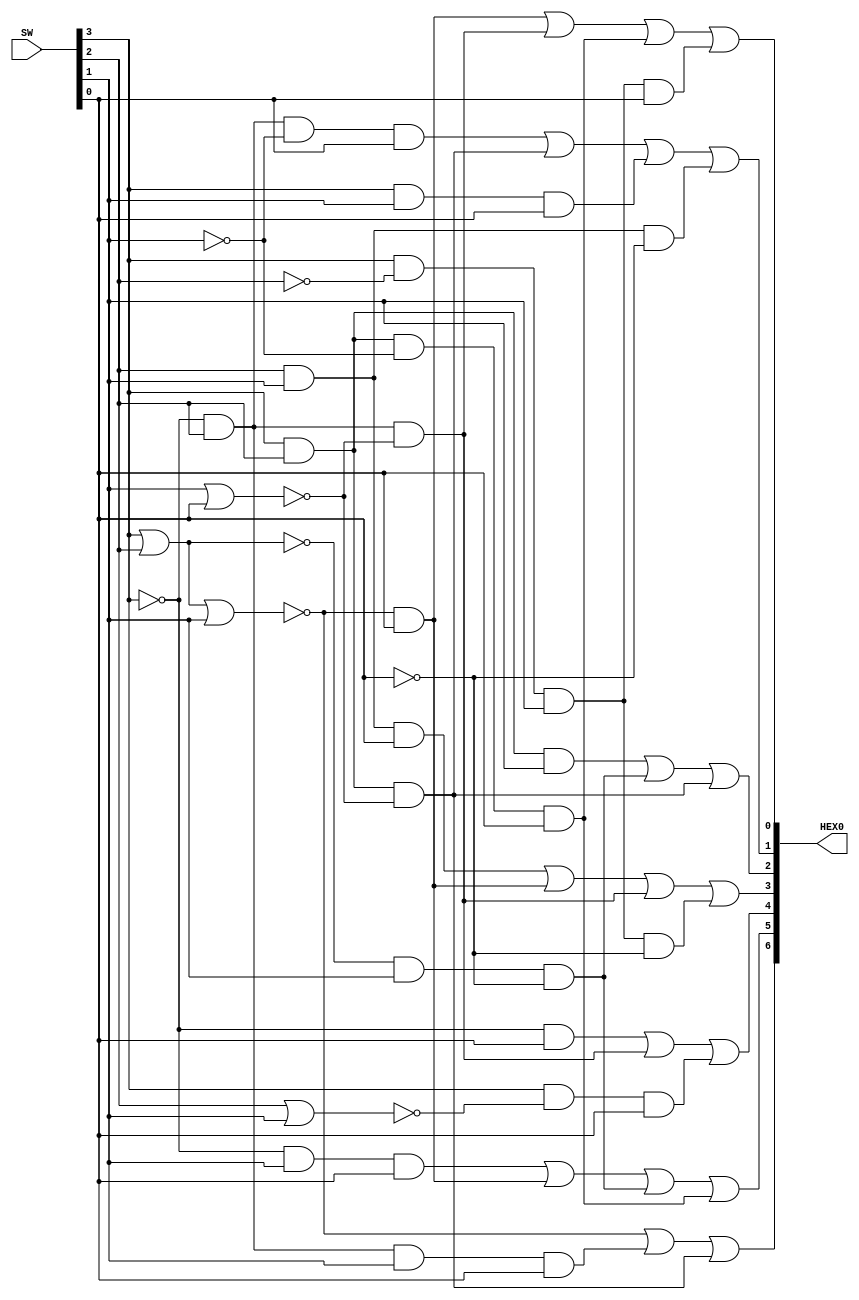
//SW[3:0] INP -> HEX0[6:0] OUT

module ssg(HEX0, SW);
	input [3:0] SW;
	output [6:0] HEX0;
	
	assign HEX0[0] = (~(SW[3]|SW[2]|SW[1])&SW[0] | ~SW[3]&SW[2]&~(SW[1]|SW[0]) | SW[3]&SW[2]&~SW[1]&SW[0] | SW[3]&~SW[2]&SW[1]&SW[0]);
	
	assign HEX0[1] = (~SW[3]&SW[2]&~SW[1]&SW[0] | SW[3]&SW[2]&~(SW[1]|SW[0]) | SW[3]&SW[1]&SW[0] | SW[2]&SW[1]&~SW[0]);
	
	assign HEX0[2] = (SW[3]&SW[2]&SW[1] | ~(SW[3]|SW[2])&SW[1]&~SW[0] | SW[3]&SW[2]&~(SW[1]|SW[0]));
	
	assign HEX0[3] = (SW[2]&SW[1]&SW[0] | ~(SW[3]|SW[2]|SW[1])&SW[0] | ~SW[3]&SW[2]&~(SW[1]|SW[0]) | SW[3]&~SW[2]&SW[1]&~SW[0]);
	
	assign HEX0[4] = (~SW[3]&SW[0] | ~SW[3]&SW[2]&~(SW[1]|SW[0]) | SW[3]&~(SW[2]|SW[1])&SW[0]);
	
	assign HEX0[5] = (~SW[3]&SW[1]&SW[0] | ~(SW[3]|SW[2]|SW[1])&SW[0] | ~(SW[3]|SW[2])&SW[1]&~SW[0] | SW[3]&SW[2]&~SW[1]&SW[0]);
	
	assign HEX0[6] = (~(SW[3]|SW[2]|SW[1]) | ~SW[3]&SW[2]&SW[1]&SW[0] | SW[3]&SW[2]&~(SW[1]|SW[0]));

endmodule